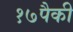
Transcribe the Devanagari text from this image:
१७पैकी